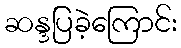
ဆန္ဒပြခဲ့ကြောင်း